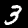
Label: 3